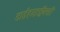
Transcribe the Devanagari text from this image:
डाईहाइड्रॉक्सी